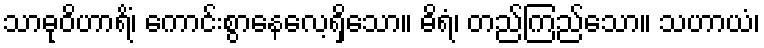
သာဓုဝိဟာရိံ၊ ကောင်းစွာနေလေ့ရှိသော။ ဓိရံ၊ တည်ကြည်သော။ သဟာယံ၊